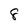
Character: 8